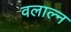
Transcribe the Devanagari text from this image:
वलाल्न